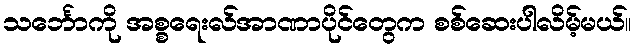
သင်္ဘောကို အစ္စရေးလ်အာဏာပိုင်တွေက စစ်ဆေးပါလိမ့်မယ်။